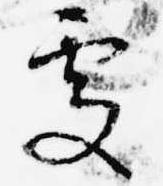
処